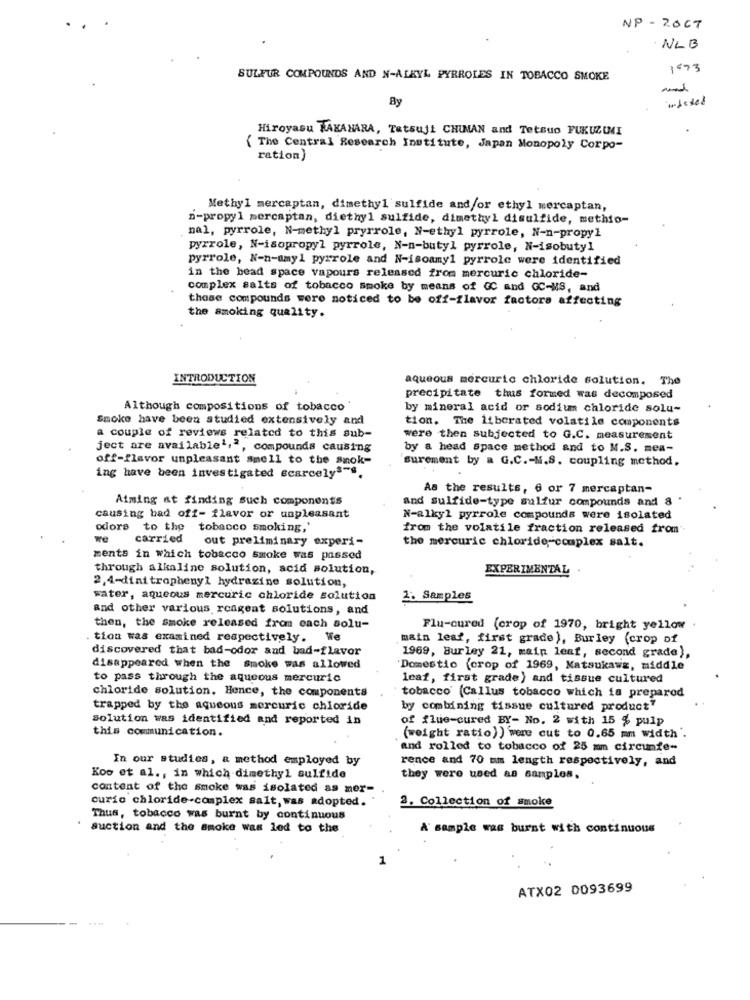
NP- 2OCT
NLB
1873
SULFUR COMPOUNDS AND N-ALKYL PYRROLES IN TOBACCO SMOKE
By
ideted
Hiroyasu KAKAHARA, Tetsuji CHINAN and Tetsuo FUKUZIMI
( The Central Research Institute, Japan Monopoly Corpo-
ration)
Methyl mercaptan, dimethyl sulfide and/or ethyl mercaptan,
n-propyl mercaptan, diethyl sulfide, dimethyl disulfide, methio-
nal, pyrrole, N-methyl pryrrole, N-ethyl pyrrole, N-n-propyl
pyrrole, N-isopropyl pyrrole, N-n-butyl pyrrole, N-isobutyl
pyrrole, N-n-amyl pyrrole and N-isoamy1 pyrrole were identified
in the bead space vapours released from mercuric chloride-
complex salts of tobacco smoke by means of CC and GC-MS, and
those compounds were noticed to be off-flavor factors affecting
the smoking quality.
INTRODUCTION
aqueous mercurio chloride solution. The
precipitate thus formed was decomposed
Although compositions of tobacco'
by mineral acid or sodium chloride solu-
Smoke have been studied extensively and
tion. The liberated volatile components
a couple of reviews related to this sub-
were then subjected to G.C. measurement
ject are available',", compounds causing
by a head Space method and to M.S. mea-
off-flavor unpleasant smell to the smok-
surement by a G.C .- M.S. coupling method.
ing have been investigated scarcely3"".
As the results, 6 or 7 mercaptan-
Aiming at finding such components
and sulfide-type sulfur compounds and 8 '
causing bad off- flavor or unpleasant
N-alkyl pyrrole compounds were isolated
odors to the tobacco smoking,'
from the volatile fraction released from
carried
out preliminary experi-
the mercuric chloride-complex salt.
ments in which tobacco smoke was passed
through alkaline solution, acid solution,
EXPERIMENTAL
2,4-dinitrophenyl hydrazine solution,
sater, aqueous mercuric chloride solution
2. Samples
and other various reagent solutions, and
then, the smoke released from each solu-
Flu-cured (crop of 1970, bright yellow
tion was examined respectively. We
main leaf, first grade), Burley (crop of
discovered that bad-odor and bad-flavor
1969, Burley 21, main leaf, second grade),
disappeared when the Smoke was allowed
Domestic (crop of 1969, Katsukawz, middle
to pass through the aqueous mercuric
leaf, first grade) and tissue cultured
chloride solution. Hence, the components
tobacco' (Callus tobacco which is prepared
trapped by the aqueous mercuric chloride
by combining tissue cultured product"
solution was identified and reported in
of flue-cured BY- No. 2 with 15 % pulp
this communication.
(weight ratio)) were cut to 0.65 mm width'.
and rolled to tobacco of 25 mm circunfe-
In our studies, a method employed by
rence and 70 mm length respectively, and
Koo et al ., in which dimethyl sulfide
they were used as samples.
content of the smoke was isolated as mer-
curio chloride-complex salt, was adopted.
2. Collection of smoke
Thus, tobacco was burnt by continuous
suction and the smoke was led to the
A sample was burst with continuous
1
ATX02 0093699